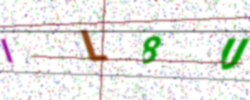
Text: IL8U